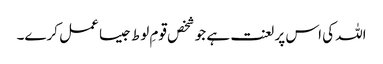
اللہ کی اس پر لعنت ہے جو شخص قومِ لوط جیسا عمل کرے۔